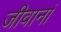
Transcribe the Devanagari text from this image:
जीवानां